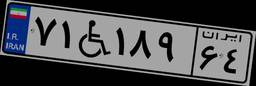
۴۹W۲۳۸۶۴